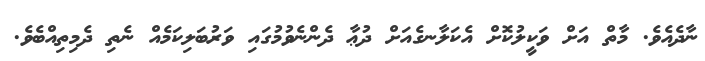
ނާދެއެވެ. މާތް އަށް ވަކީލުކޮށް އެކަލާނގެއަށް ދުޢާ ދެންނެވުމުގައި ވަރުބަލިކަމެއް ނެތި ދެމިތިއްބެވެ.